Indian journal of veterinary science and animal husbandry - Volume 7,
Year: 1937
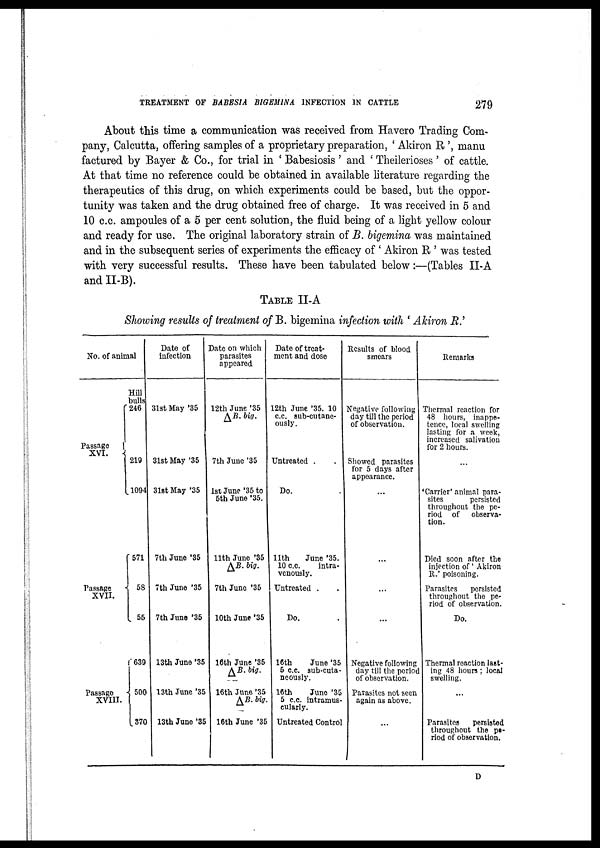
TREATMENT OF BABESIA BIGEMINA INFECTION IN CATTLE
279
About this time a communication was received from Havero Trading Com-
pany, Calcutta, offering samples of a proprietary preparation, ' Akiron R ', manu
factured by Bayer & Co., for trial in ' Babesiosis' and ' Theilerioses' of cattle.
At that time no reference could be obtained in available literature regarding the
therapeutics of this drug, on which experiments could be based, but the oppor-
tunity was taken and the drug obtained free of charge. It was received in 5 and
10 c.c. ampoules of a 5 per cent solution, the fluid being of a light yellow colour
and ready for use. The original laboratory strain of B. bigemina was maintained
and in the subsequent series of experiments the efficacy of ' Akiron R ' was tested
with very successful results. These have been tabulated below:—(Tables II-A
and II-B).
TABLE II-A
Showing results of treatment of B. bigemina infection with ' Akiron R .'
No. of animal
Passage
XVI.
{
Passage
XVII.
{
Passage
XVIII.
{
Hill
bulls
246
219
1094
571
58
55
639
500
370
Date of
infection
31st May '35
31st May '35
31st May '35
7th June '35
7th June '35
7th June '35
13th June '35
13th June '35
13th June '35
Date on which
parasites
appeared
12th June '35
∆ B. big.
7th June '35
1st June '35 to
5th June '35.
11th June '35
∆
B. big.
7th June '35
10th June '35
16th June '35
∆
B. big.
16th June '35
∆
B. big.
16th June '35
Date of treat-
ment and dose
12th June '35. 10
c.c. sub-cutane-
ously.
Untreated . .
Do. .
11th
June '35.
10 c.c.
intra-
venously.
Untreated . .
Do. .
16th
June '35
5 c.c. sub-cuta¬
neously.
16th June '35
5 c.c. intramus-
cularly.
Untreated Control
Results of blood
smears
Negative following
day till the period
of observation.
Showed parasites
for 5 days after
appearance.
...
...
...
...
Negative following
day till the period
of observation.
Parasites not seen
again as above.
...
Remarks
Thermal reaction for
48 hours, inappe¬
tence, local swelling
lasting for a week,
increased salivation
for 2 hours.
...
'Carrier' animal para-
sites
persisted
throughout the pe-
riod of
observa-
tion.
Died soon after the
injection of ' Akiron
R.' poisoning.
Parasites
persisted
throughout the pe-
riod of observation.
Do.
Thermal reaction last-
ing 48 hours ; local
swelling.
...
Parasites
persisted
throughout the pe-
riod of observation.
D